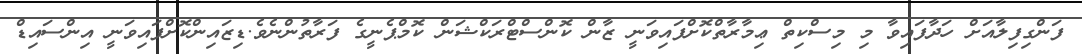
ފަންގިފިލާއަށް ހަދާފައިވާ މި މިސްކިތް ޢިމާރާތްކޮށްފައިވަނީ ޒާން ކޮންސްޓްރަކްޝަން ކޮމްޕެނީގެ ފަރާތުންނެވެ.ޑިޒައިންކޮށްފައިވަނީ އިންސައިޑް